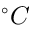
^ \circ C